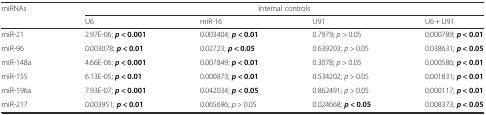
| <ROWSPAN=2> miRNAs | <COLSPAN=4> Internal controls |
 | U6 | miR-16 | U91 | U6 + U91 |
 | --- | --- | --- | --- | --- |
 | miR-21 | 2.97E-06; p < 0.001 | 0.003404; p < 0.01 | 0.7979; p > 0.05 | 0.000789; p < 0.01 |
 | miR-96 | 0.003078; p < 0.01 | 0.02723; p < 0.05 | 0.639203; p > 0.05 | 0.038631; p < 0.05 |
 | miR-148a | 4.66E-06; p < 0.001 | 0.007849; p < 0.01 | 0.3078; p > 0.05 | 0.000586; p < 0.01 |
 | miR-155 | 6.13E-05; p < 0.01 | 0.000873; p < 0.01 | 0.534202; p > 0.05 | 0.001831; p < 0.01 |
 | miR-196a | 7.93E-07; p < 0.001 | 0.042034; p < 0.05 | 0.862491; p > 0.05 | 0.000117; p < 0.01 |
 | miR-217 | 0.003951; p < 0.01 | 0.065696; p > 0.05 | 0.024668; p < 0.05 | 0.008373; p < 0.05 |